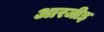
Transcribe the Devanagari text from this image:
आरजीइ